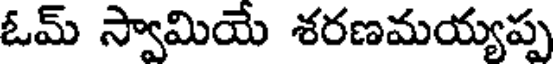
ఓమ్ స్వామియే శరణమయ్యప్ప